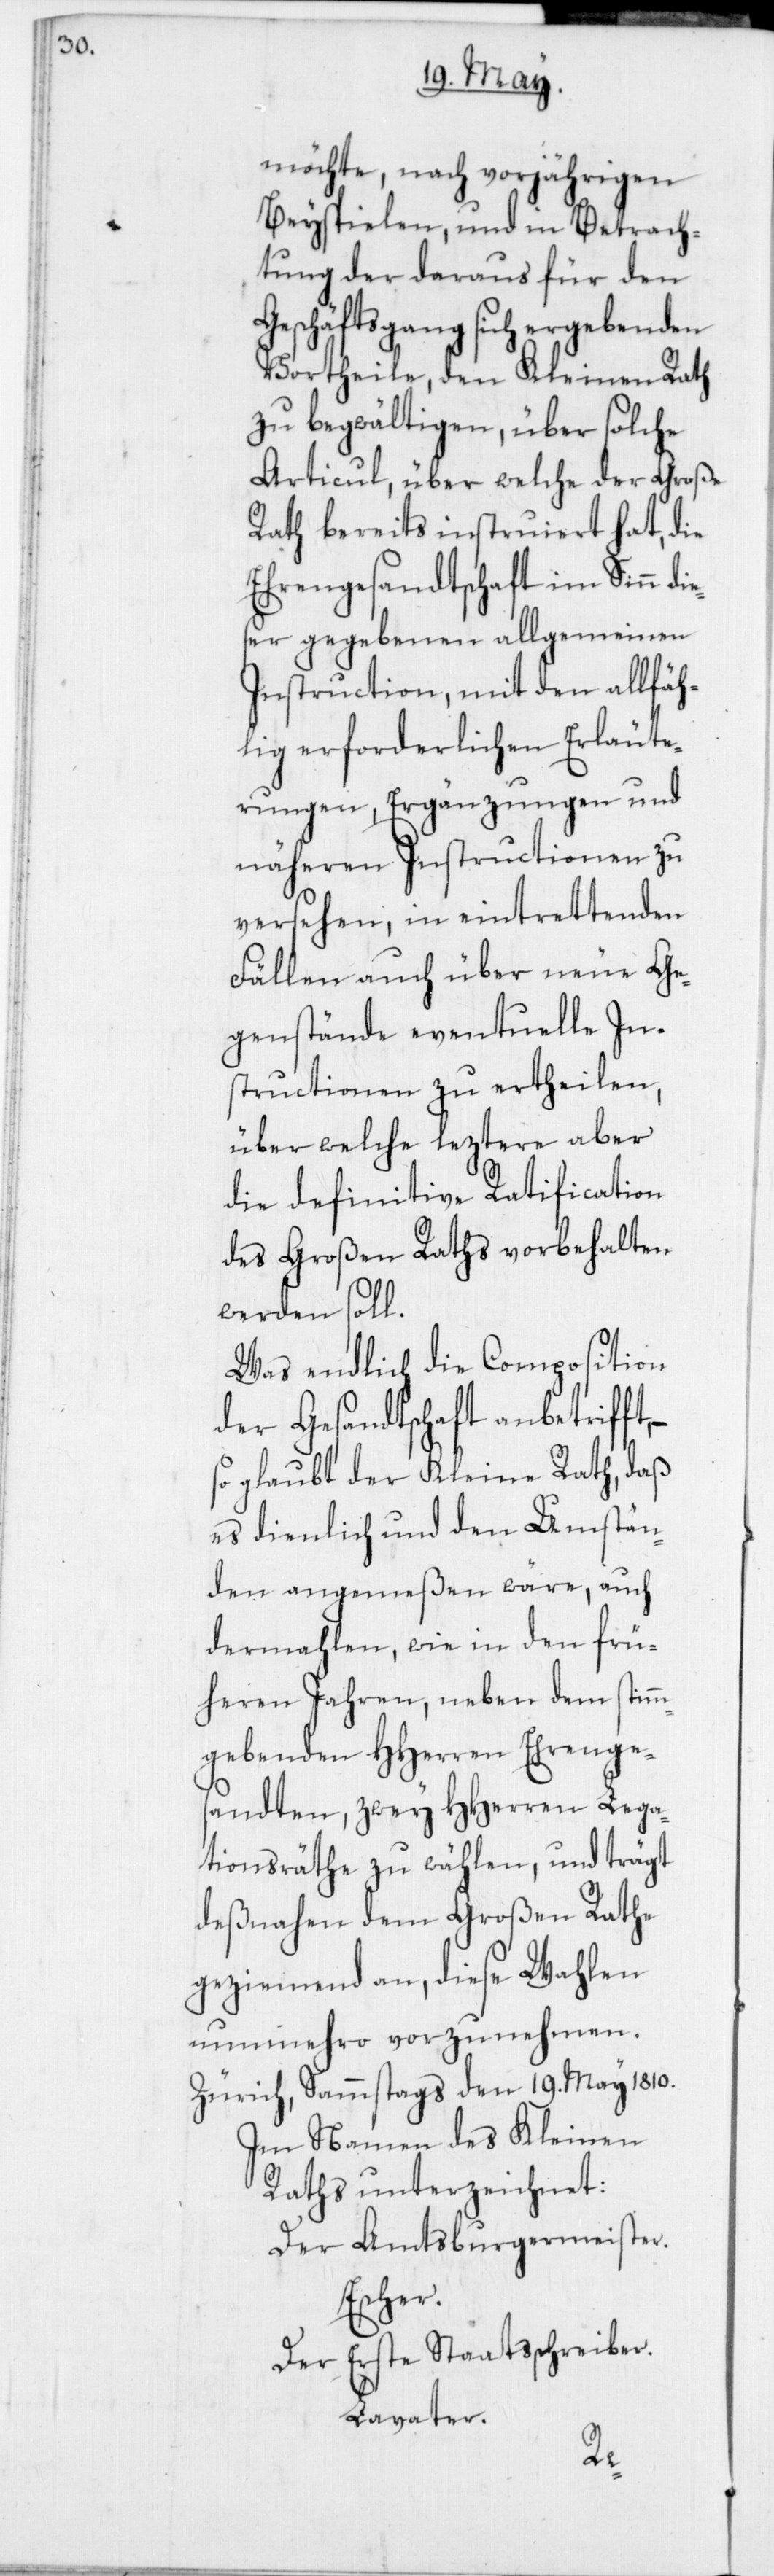
möchte, nach vorjährigen
Beyspielen und in Betrach¬
tung der daraus für den
Geschäftsgang sich ergebenden
Vortheile, den Kleinen Rath
zu begwältigen, über solche
Articul, über welche der Große
Rath bereits instruiert hat, die
Ehrengesandtschaft im Sinn die¬
ser gegebenen allgemeinen
Instruction, mit den allfäh¬
lig erforderlichen Erläute¬
rungen, Ergänzungen und
näheren Instructionen zu
versehen, in eintrettenden
Fällen auch über neue Ge¬
genstände eventuelle In¬
structionen zu ertheilen,
über welche leztere aber
die definitive Ratification
des Großen Raths vorbehalten
werden soll.
Was endlich die Composition
der Gesandtschaft anbetrifft,
glaubt der Kleine Rath, daß
es dienlich und den Umstän¬
den angemeßen wäre, auch
dermahlen, wie in den frü¬
heren Jahren, neben dem stimm¬
gebenden HHerren Ehrenge¬
sandten, zwey HHerren Lega¬
tionsräthe zu wählen, und trägt
deßnahen dem Großen Rathe
geziemend an, diese Wahlen
nunmehro vorzunehmen.
Zürich, Sammstags den 19. May 1810.
Im Namen des Kleinen
Raths unterzeichnet:
Der Amtsburgermeister.
Escher.
Der Erste Staatsschreiber.
Lavater.